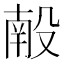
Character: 𬆩